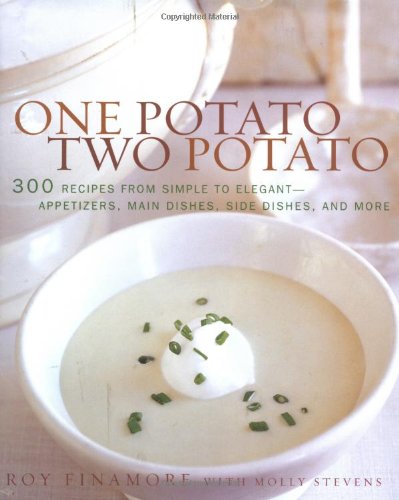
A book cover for One Potato, Two Potato; Roy Finamore; Cookbooks, Food & Wine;